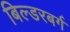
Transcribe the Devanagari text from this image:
बिल्डरबर्ग